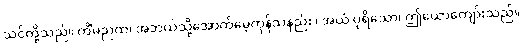
သင်တို့သည်။ ကိံမညထ၊ အဘယ်သို့အောက်မေ့ကုန်သနည်း။ အယံ ပုရိသော၊ ဤယောကျော်းသည်။